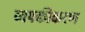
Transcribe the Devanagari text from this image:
व्यपकीकरण